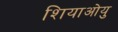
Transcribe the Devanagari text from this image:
शियाओयु